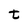
Character: t